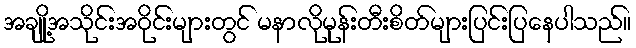
အချို့အသိုင်းအဝိုင်းများတွင် မနာလိုမုန်းတီးစိတ်များပြင်းပြနေပါသည်။